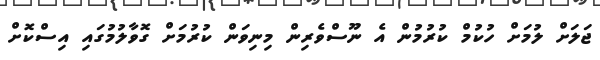
ޖަލަށް ލުމަށް ހުކުމް ކުރުމުން އެ ނޫސްވެރިން މިނިވަން ކުރުމަށް ގޮވާލުމުގައި އިސްކޮށް